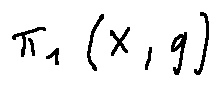
\pi _ { 1 } ( X , q )